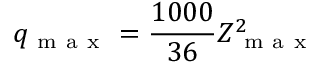
q _ { \mathrm { ~ m ~ a ~ x ~ } } = \frac { 1 0 0 0 } { 3 6 } Z _ { \mathrm { ~ m ~ a ~ x ~ } } ^ { 2 }